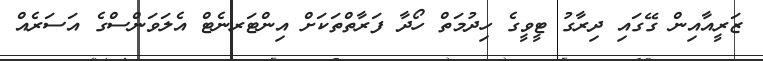
ޒަރީއާއިން ގޭގައި ދިރާގު ޓީވީގެ ހިދުމަތް ހޯދާ ފަރާތްތަކަށް އިންޓަރނެޓް އެލަވަންސްގެ އަސަރެއް